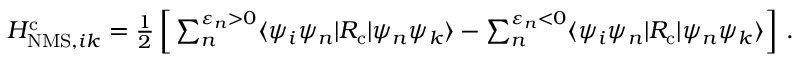
\begin{array} { r } { H _ { \mathrm { N M S } , i k } ^ { \mathrm { c } } = \frac { 1 } { 2 } \left[ \, \sum _ { n } ^ { \varepsilon _ { n } > 0 } \ensuremath { \langle \psi _ { i } \psi _ { n } | } { R } _ { \mathrm { c } } \ensuremath { | \psi _ { n } \psi _ { k } \rangle } - \sum _ { n } ^ { \varepsilon _ { n } < 0 } \ensuremath { \langle \psi _ { i } \psi _ { n } | } { R } _ { \mathrm { c } } \ensuremath { | \psi _ { n } \psi _ { k } \rangle } \right] \, . } \end{array}